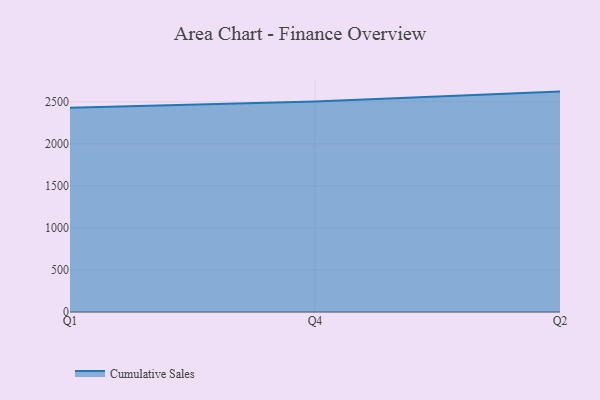
{"axis": {"x": "Quarter", "y": "Demand Index"}, "legend": ["Cumulative Sales"], "data": [{"x": "Q1", "y": 2429.1, "type": "Cumulative Sales"}, {"x": "Q4", "y": 2504.8, "type": "Cumulative Sales"}, {"x": "Q2", "y": 2621.6, "type": "Cumulative Sales"}]}